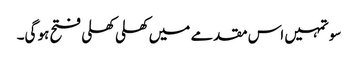
سو تمہیں اس مقدمے میں کھلی کھلی فتح ہو گی۔